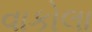
વાકોલા